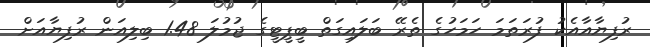
ރުފިޔާއާއެކު ފުރަތަމަ ހަމަހުގެ ތެރޭ ބަލައިގަތް ބީޕީޓީގެ ޖުމުލަ 1.48 ބިލިއަން ރުފިޔާއަށް